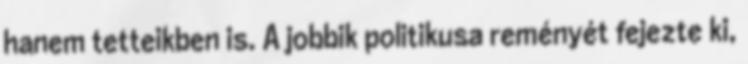
hanem tetteikben is. A jobbik politikusa reményét fejezte ki,